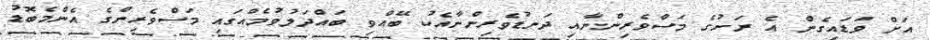
އަށް ވަޑައިގެން އެ ރަށުގެ މަސްވެރިންނާއި ދަނޑުވެރިންނާއެކު ބޭއްވި ބައްދަލުވުމެއްގައި މަސްވެރިންގެ އެންމެބޮޑު